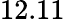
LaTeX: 12.11